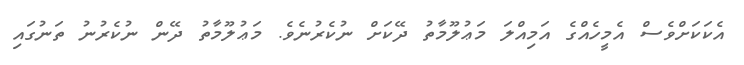
އެކަކަށްވެސް އެމީހެއްގެ އަމިއްލަ މަޢުލޫމާތު ދޭކަށް ނުކެރުނެވެ. މަޢުލޫމާތު ދޭން ނުކެރުނު ތަނުގައި